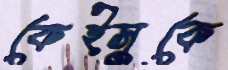
কেইসুকে